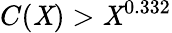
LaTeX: C(\mathit{X})>\mathit{X}^{0.332}